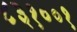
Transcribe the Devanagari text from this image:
८३१००१